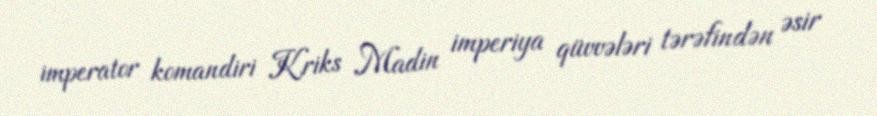
imperator komandiri Kriks Madin imperiya qüvvələri tərəfindən əsir